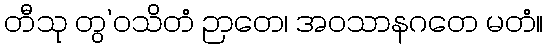
တီသု တွ’ဝသိတံ ဉာတေ၊ အဝသာနဂတေ မတံ။